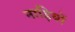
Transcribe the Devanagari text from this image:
नाड़ियों